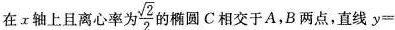
在τ轴上且离心率为 \frac{ \sqrt{2}}{2}的椭圆C相交于A，B两点，直线$$y =